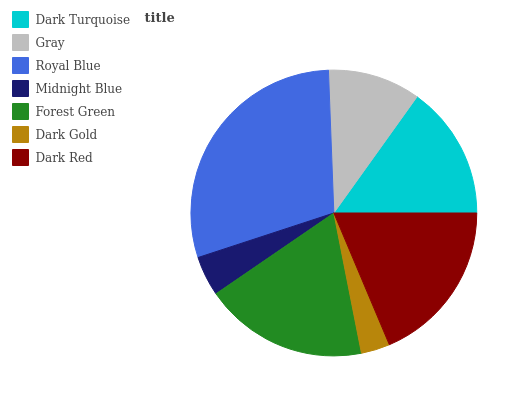
| Dark Turquoise | Gray | Royal Blue | Midnight Blue | Forest Green | Dark Gold | Dark Red |
 | --- | --- | --- | --- | --- | --- | --- |
 | 15.1% | 10.5% | 29.5% | 4.52% | 18.5% | 3.25% | 18.6% |